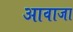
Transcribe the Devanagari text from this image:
आवाजा